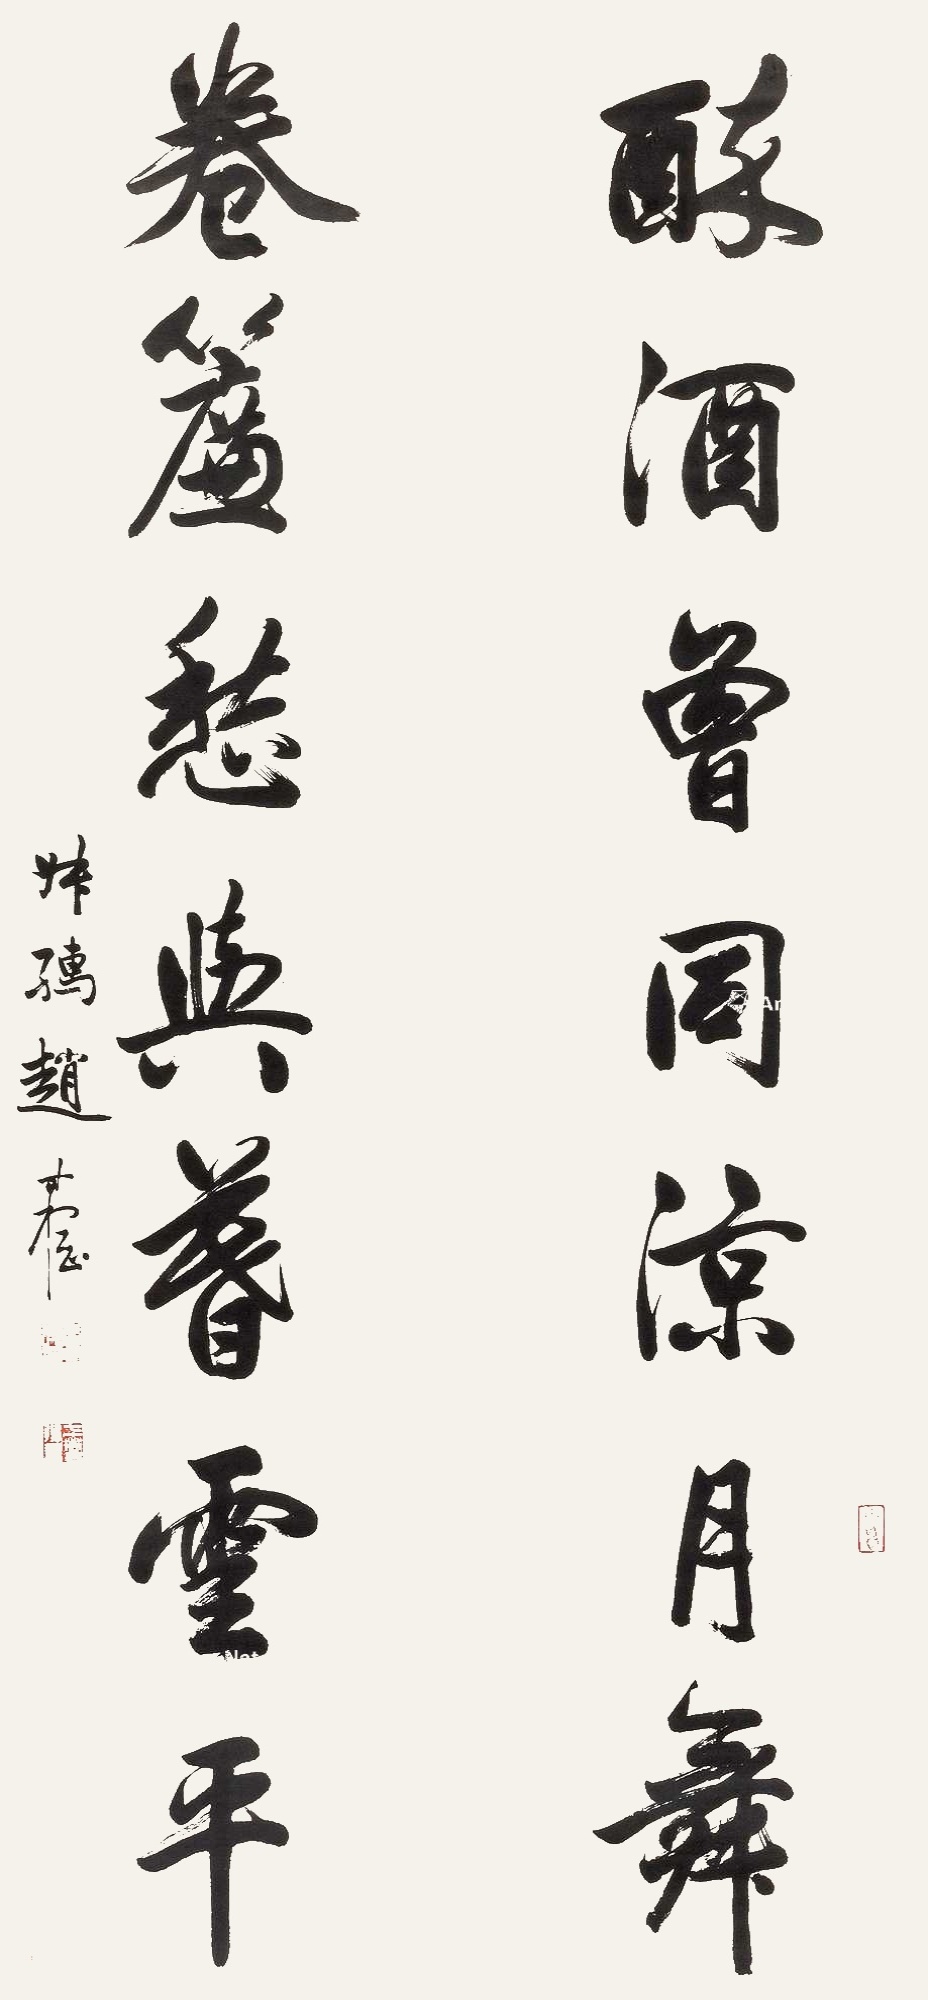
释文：醉酒曾同凉月舞，卷帘愁与暮云平。叔孺赵时㭎。